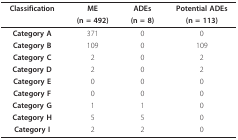
<table><thead><tr><td><b>Classification</b></td><td><b>ME</b></td><td><b>ADEs</b></td><td><b>Potential ADEs</b></td></tr><tr><td></td><td><b>(n = 492)</b></td><td><b>(n = 8)</b></td><td><b>(n = 113)</b></td></tr></thead><tbody><tr><td><b>Category A</b></td><td>371</td><td>0</td><td>0</td></tr><tr><td><b>Category B</b></td><td>109</td><td>0</td><td>109</td></tr><tr><td><b>Category C</b></td><td>2</td><td>0</td><td>2</td></tr><tr><td><b>Category D</b></td><td>2</td><td>0</td><td>2</td></tr><tr><td><b>Category E</b></td><td>0</td><td>0</td><td>0</td></tr><tr><td><b>Category F</b></td><td>0</td><td>0</td><td>0</td></tr><tr><td><b>Category G</b></td><td>1</td><td>1</td><td>0</td></tr><tr><td><b>Category H</b></td><td>5</td><td>5</td><td>0</td></tr><tr><td><b>Category I</b></td><td>2</td><td>2</td><td>0</td></tr></tbody></table>